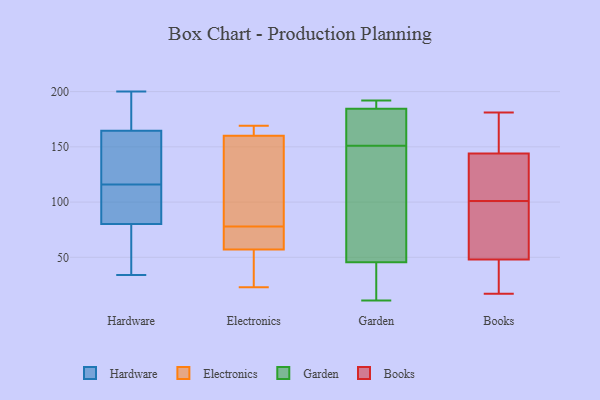
{"axis": {"x": "Backlog", "y": "Value"}, "legend": ["Books", "Electronics", "Garden", "Hardware"], "data": [{"x": "", "y": 116, "type": "Hardware"}, {"x": "", "y": 189, "type": "Hardware"}, {"x": "", "y": 34, "type": "Hardware"}, {"x": "", "y": 163, "type": "Hardware"}, {"x": "", "y": 165, "type": "Hardware"}, {"x": "", "y": 104, "type": "Hardware"}, {"x": "", "y": 187, "type": "Hardware"}, {"x": "", "y": 109, "type": "Hardware"}, {"x": "", "y": 79, "type": "Hardware"}, {"x": "", "y": 200, "type": "Hardware"}, {"x": "", "y": 162, "type": "Hardware"}, {"x": "", "y": 163, "type": "Hardware"}, {"x": "", "y": 84, "type": "Hardware"}, {"x": "", "y": 42, "type": "Hardware"}, {"x": "", "y": 67, "type": "Hardware"}, {"x": "", "y": 57, "type": "Electronics"}, {"x": "", "y": 71, "type": "Electronics"}, {"x": "", "y": 148, "type": "Electronics"}, {"x": "", "y": 84, "type": "Electronics"}, {"x": "", "y": 160, "type": "Electronics"}, {"x": "", "y": 169, "type": "Electronics"}, {"x": "", "y": 23, "type": "Electronics"}, {"x": "", "y": 165, "type": "Electronics"}, {"x": "", "y": 90, "type": "Electronics"}, {"x": "", "y": 162, "type": "Electronics"}, {"x": "", "y": 37, "type": "Electronics"}, {"x": "", "y": 27, "type": "Electronics"}, {"x": "", "y": 69, "type": "Electronics"}, {"x": "", "y": 72, "type": "Electronics"}, {"x": "", "y": 180, "type": "Garden"}, {"x": "", "y": 183, "type": "Garden"}, {"x": "", "y": 185, "type": "Garden"}, {"x": "", "y": 191, "type": "Garden"}, {"x": "", "y": 97, "type": "Garden"}, {"x": "", "y": 39, "type": "Garden"}, {"x": "", "y": 65, "type": "Garden"}, {"x": "", "y": 133, "type": "Garden"}, {"x": "", "y": 188, "type": "Garden"}, {"x": "", "y": 151, "type": "Garden"}, {"x": "", "y": 15, "type": "Garden"}, {"x": "", "y": 192, "type": "Garden"}, {"x": "", "y": 37, "type": "Garden"}, {"x": "", "y": 11, "type": "Garden"}, {"x": "", "y": 152, "type": "Garden"}, {"x": "", "y": 62, "type": "Books"}, {"x": "", "y": 39, "type": "Books"}, {"x": "", "y": 124, "type": "Books"}, {"x": "", "y": 36, "type": "Books"}, {"x": "", "y": 48, "type": "Books"}, {"x": "", "y": 148, "type": "Books"}, {"x": "", "y": 54, "type": "Books"}, {"x": "", "y": 181, "type": "Books"}, {"x": "", "y": 119, "type": "Books"}, {"x": "", "y": 83, "type": "Books"}, {"x": "", "y": 131, "type": "Books"}, {"x": "", "y": 17, "type": "Books"}, {"x": "", "y": 160, "type": "Books"}, {"x": "", "y": 144, "type": "Books"}]}